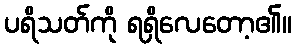
ပရိသတ်ကို ရရှိလေတော့၏။